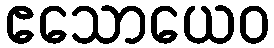
ဧသောယေဝ